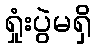
ရှုံးပွဲမရှိ